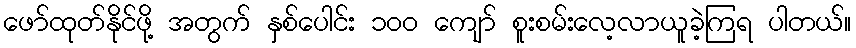
ဖော်ထုတ်နိုင်ဖို့ အတွက် နှစ်ပေါင်း ၁၀၀ ကျော် စူးစမ်းလေ့လာယူခဲ့ကြရ ပါတယ်။